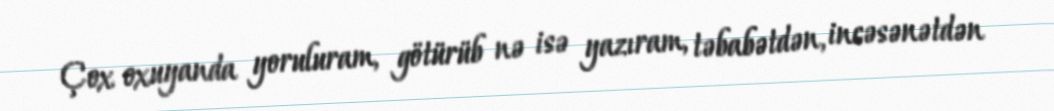
Çox oxuyanda yoruluram, götürüb nə isə yazıram, təbabətdən, incəsənətdən